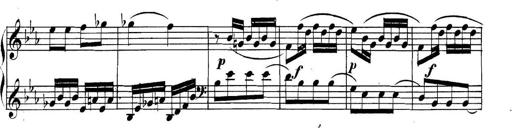
Title: Collected Piano Sonatas
Composer: Muzio Clementi